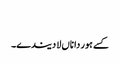
‏
کسے ہور دا ناں لا دیندے۔